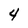
Character: 4